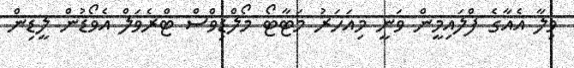
ވިލާ އެއާގެ ފްލައިމީން ވަނީ މިއަހަރު މަޓާޓޯ މޯލްޑިވްސް ޓްރެވަލް އެވޯޑުން ލީޑިން